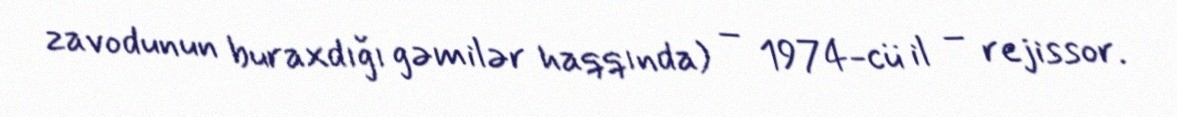
zavodunun buraxdığı gəmilər haqqında) – 1974-cü il – rejissor.